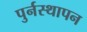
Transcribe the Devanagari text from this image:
पुर्नस्थापन